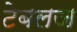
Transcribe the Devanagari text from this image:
टेबलज